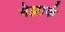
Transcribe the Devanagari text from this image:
मेल्लार्क